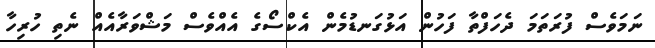
ނަމަވެސް ފުރަތަމަ ދެހަފްތާ ފަހުން އަޅުގަނޑުމެން އެކްސޯގެ އެއްވެސް މަޝްވަރާއެއް ނެތި ހުރިހާ